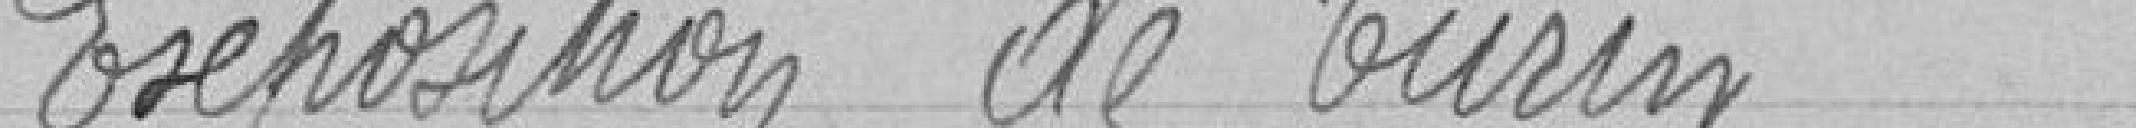
Exposition de Turin.